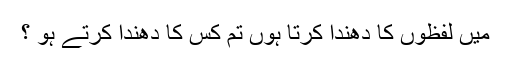
میں لفظوں کا دھندا کرتا ہوں تم کس کا دھندا کرتے ہو ؟